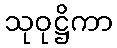
သုဝုဋ္ဌိကာ